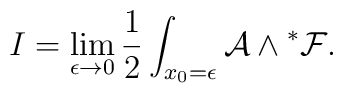
I = \lim_{\epsilon \to 0} {1\over 2} \int_{x_0=\epsilon}         {\cal A}\wedge {}^*{\cal F}.